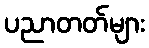
ပညာတတ်များ